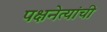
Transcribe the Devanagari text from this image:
पक्षनेत्यांची